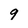
Character: 9